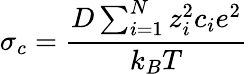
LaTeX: \sigma_{c}=\frac{D\sum_{i=1}^{N}z_{i}^{2}c_{i}e^{2}}{k_{B}T}